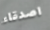
اصدقاء